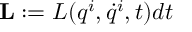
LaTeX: { \bf L } : = L ( q ^ { i } , \dot { q } ^ { i } , t ) d t